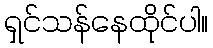
ရှင်သန်နေထိုင်ပါ။